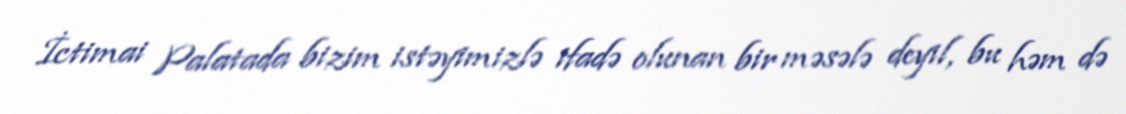
İctimai Palatada bizim istəyimizlə ifadə olunan bir məsələ deyil, bu həm də